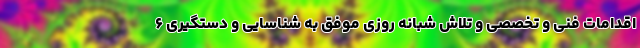
اقدامات فنی و تخصصی و تلاش شبانه روزی موفق به شناسایی و دستگیری ۶